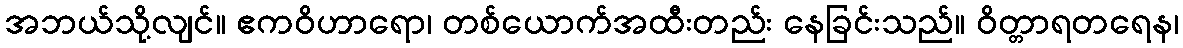
အဘယ်သို့လျင်။ ဧကဝိဟာရော၊ တစ်ယောက်အထီးတည်း နေခြင်းသည်။ ဝိတ္တာရတရေန၊